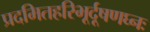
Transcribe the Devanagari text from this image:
प्रदमितहरिभूर्दूषणघ्नः